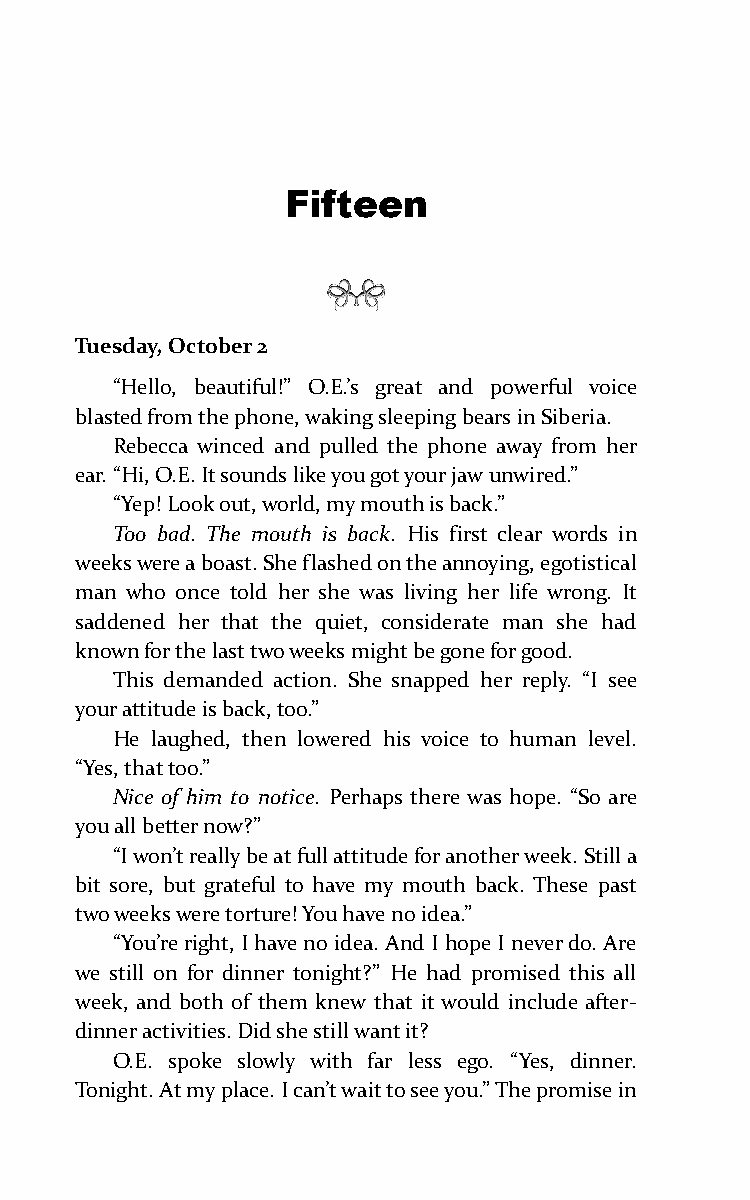
Fifteen
 Tuesday, October 2
 “Hello, beautiful!” O.E.’s great and powerful voice
 blasted from the phone, waking sleeping bears in Siberia.
 Rebecca winced and pulled the phone away from her
 ear. “Hi, O.E. It sounds like you got your jaw unwired.”
 “Yep! Look out, world, my mouth is back.”
 Too bad. The mouth is back. His first clear words in
 weeks were a boast. She flashed on the annoying, egotistical
 man who once told her she was living her life wrong. It
 saddened her that the quiet, considerate man she had
 known for the last two weeks might be gone for good.
 This demanded action. She snapped her reply. “I see
 your attitude is back, too.”
 He laughed, then lowered his voice to human level.
 “Yes, that too.”
 Nice of him to notice. Perhaps there was hope. “So are
 you all better now?”
 “I won’t really be at full attitude for another week. Still a
 bit sore, but grateful to have my mouth back. These past
 two weeks were torture! You have no idea.”
 “You’re right, I have no idea. And I hope I never do. Are
 we still on for dinner tonight?” He had promised this all
 week, and both of them knew that it would include after-
 dinner activities. Did she still want it?
 O.E. spoke slowly with far less ego. “Yes, dinner.
 Tonight. At my place. I can’t wait to see you.” The promise in